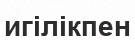
игілікпен